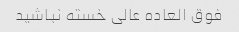
فوق العاده عالی خسته نباشید